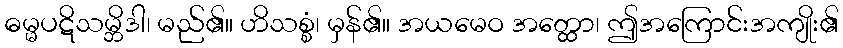
ဓမ္မပဋိသမ္ဘိဒါ၊ မည်၏။ ဟိသစ္စံ၊ မှန်၏။ အယမေဝ အတ္ထော၊ ဤအကြောင်းအကျိုး၏